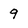
Character: 9